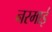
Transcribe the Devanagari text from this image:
नरमाई